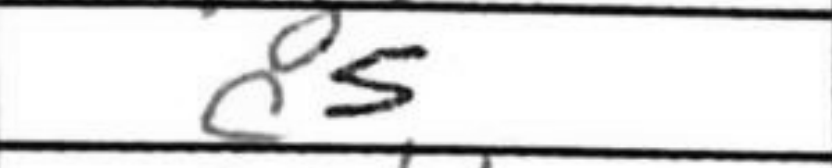
Transcription: c5